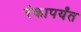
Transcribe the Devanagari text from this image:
रंकापर्यंत